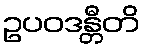
ဥပဝဒန္တီတိ